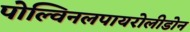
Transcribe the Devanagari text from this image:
पोल्विनलपायरोलीडोन